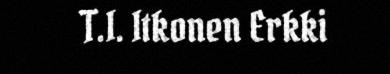
T.I. Itkonen Erkki